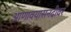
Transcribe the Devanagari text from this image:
आणावयासनदीवर